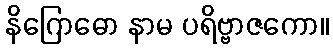
နိဂြောဓော နာမ ပရိဗ္ဗာဇကော။